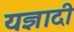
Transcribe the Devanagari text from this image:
यज्ञादी